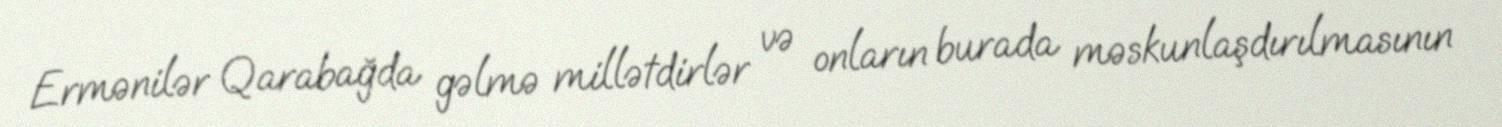
Ermənilər Qarabağda gəlmə millətdirlər və onların burada məskunlaşdırılmasının